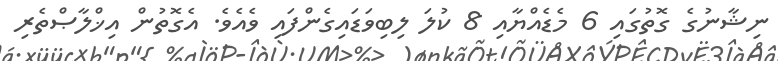
ނިޝާނުގެ ގޮތުގައި 6 މެޑެއްޔާއި 8 ކުލަ ލިބިވަޑައިގެންފައި ވެއެވެ. އެގޮތުން އިޚްލާޞްތެރި